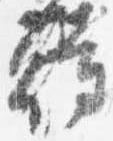
待